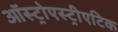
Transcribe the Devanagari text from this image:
ऑस्ट्रोएस्ट्रीएटिक